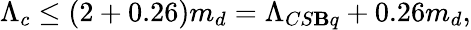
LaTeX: \Lambda_{c}\leq(2+0.26)m_{d}=\Lambda_{CS\mathbf{B}q}+0.26m_{d},